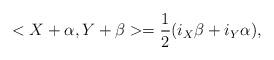
LaTeX: \begin{align*}<X+\alpha,Y+\beta>=\frac{1}{2}(i_X\beta+i_Y\alpha),\end{align*}